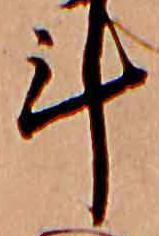
計